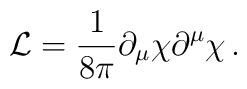
{\cal L}=\frac{1}{8\pi }\partial _{\mu }\chi \partial ^{\mu }\chi\,.